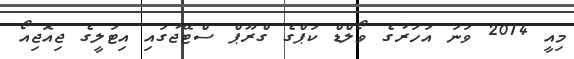
މިއީ 2014 ވަނަ އަހަރުގެ ވޯލްޑް ކަޕްގެ ގްރޫޕް ސްޓޭޖުގައި އިޓަލީގެ ޖިއޮޖިއޯ